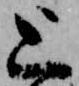
上